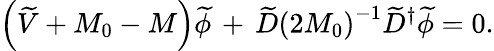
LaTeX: \left(\widetilde{V}+M_{0}-M\right)\widetilde{\phi}\, +\, \widetilde{D}\left(2M_{0}\right)^{-1}\widetilde{D}^{\dagger}\widetilde{\phi}=0.